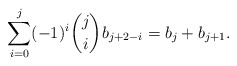
\begin{align*}\sum_{i=0}^j (-1)^i \binom{j}{i}b_{j+2-i}=b_j+b_{j+1}.\end{align*}